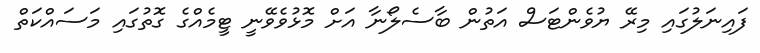
ފައިނަލުގައި މިރޭ ޔުވެންޓަސް އަތުން ބާސެލޯނާ އަށް މޮޅުވެވޭނީ ޓީމެއްގެ ގޮތުގައި މަސައްކަތް